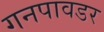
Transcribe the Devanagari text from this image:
गनपावडर